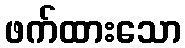
ဖက်ထားသော